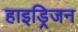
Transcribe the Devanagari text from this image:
हाइड्रिजन